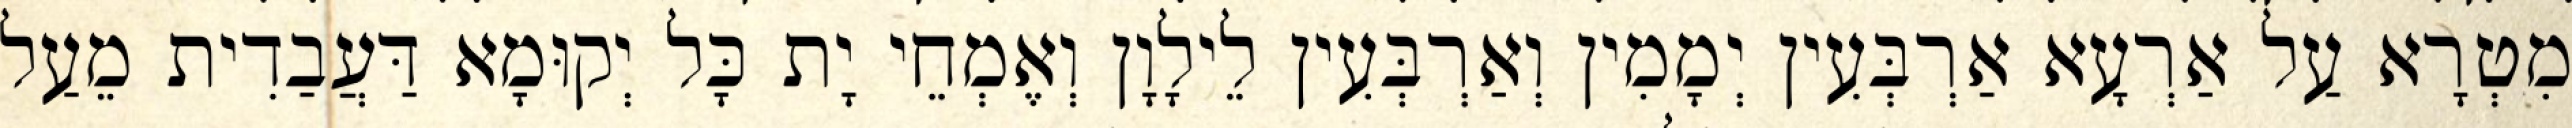
מִטְרָא עַל אַרְעָא אַרְבְּעִין יְמָמִין וְאַרְבְּעִין לֵילָוָן וְאֶמְחֵי יָת כָּל יְקוּמָא דַּעֲבַדִית מֵעַל